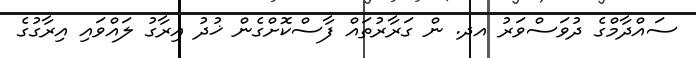
ސައްދާމްގެ ދުވަސްވަރު އދ. ން ގަރާރުތައް ފާސްކޮށްގެން ޚުދު އިރާގު ލައްވައި އިރާގުގެ